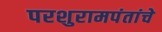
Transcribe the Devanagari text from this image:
परशुरामपंतांचे